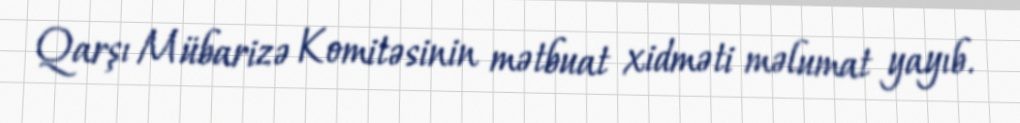
Qarşı Mübarizə Komitəsinin mətbuat xidməti məlumat yayıb.